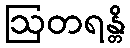
ဩတရန္တိ